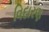
વિદારણ